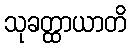
သုခတ္ထာယာတိ